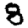
Digit: 8